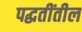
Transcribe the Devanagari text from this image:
पद्धतींतील